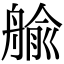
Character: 𦩞